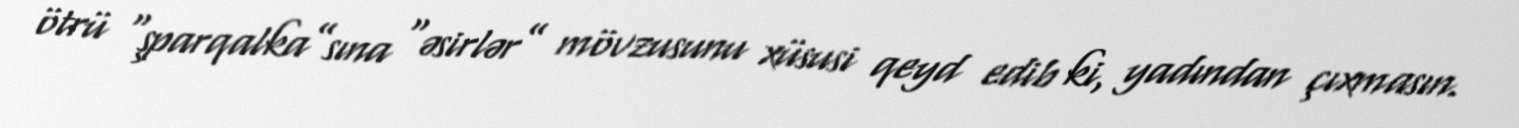
ötrü “şparqalka”sına “əsirlər” mövzusunu xüsusi qeyd edib ki, yadından çıxmasın.